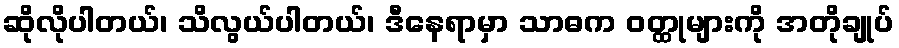
ဆိုလိုပါတယ်၊ သိလွယ်ပါတယ်၊ ဒီနေရာမှာ သာဓက ဝတ္ထုများကို အတိုချုပ်